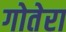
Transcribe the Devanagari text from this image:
गोतेरा